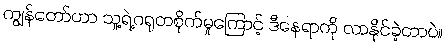
ကျွန်တော်ဟာ သူ့ရဲ့ဂရုတစိုက်မှုကြောင့် ဒီနေရာကို လာနိုင်ခဲ့တာပဲ။